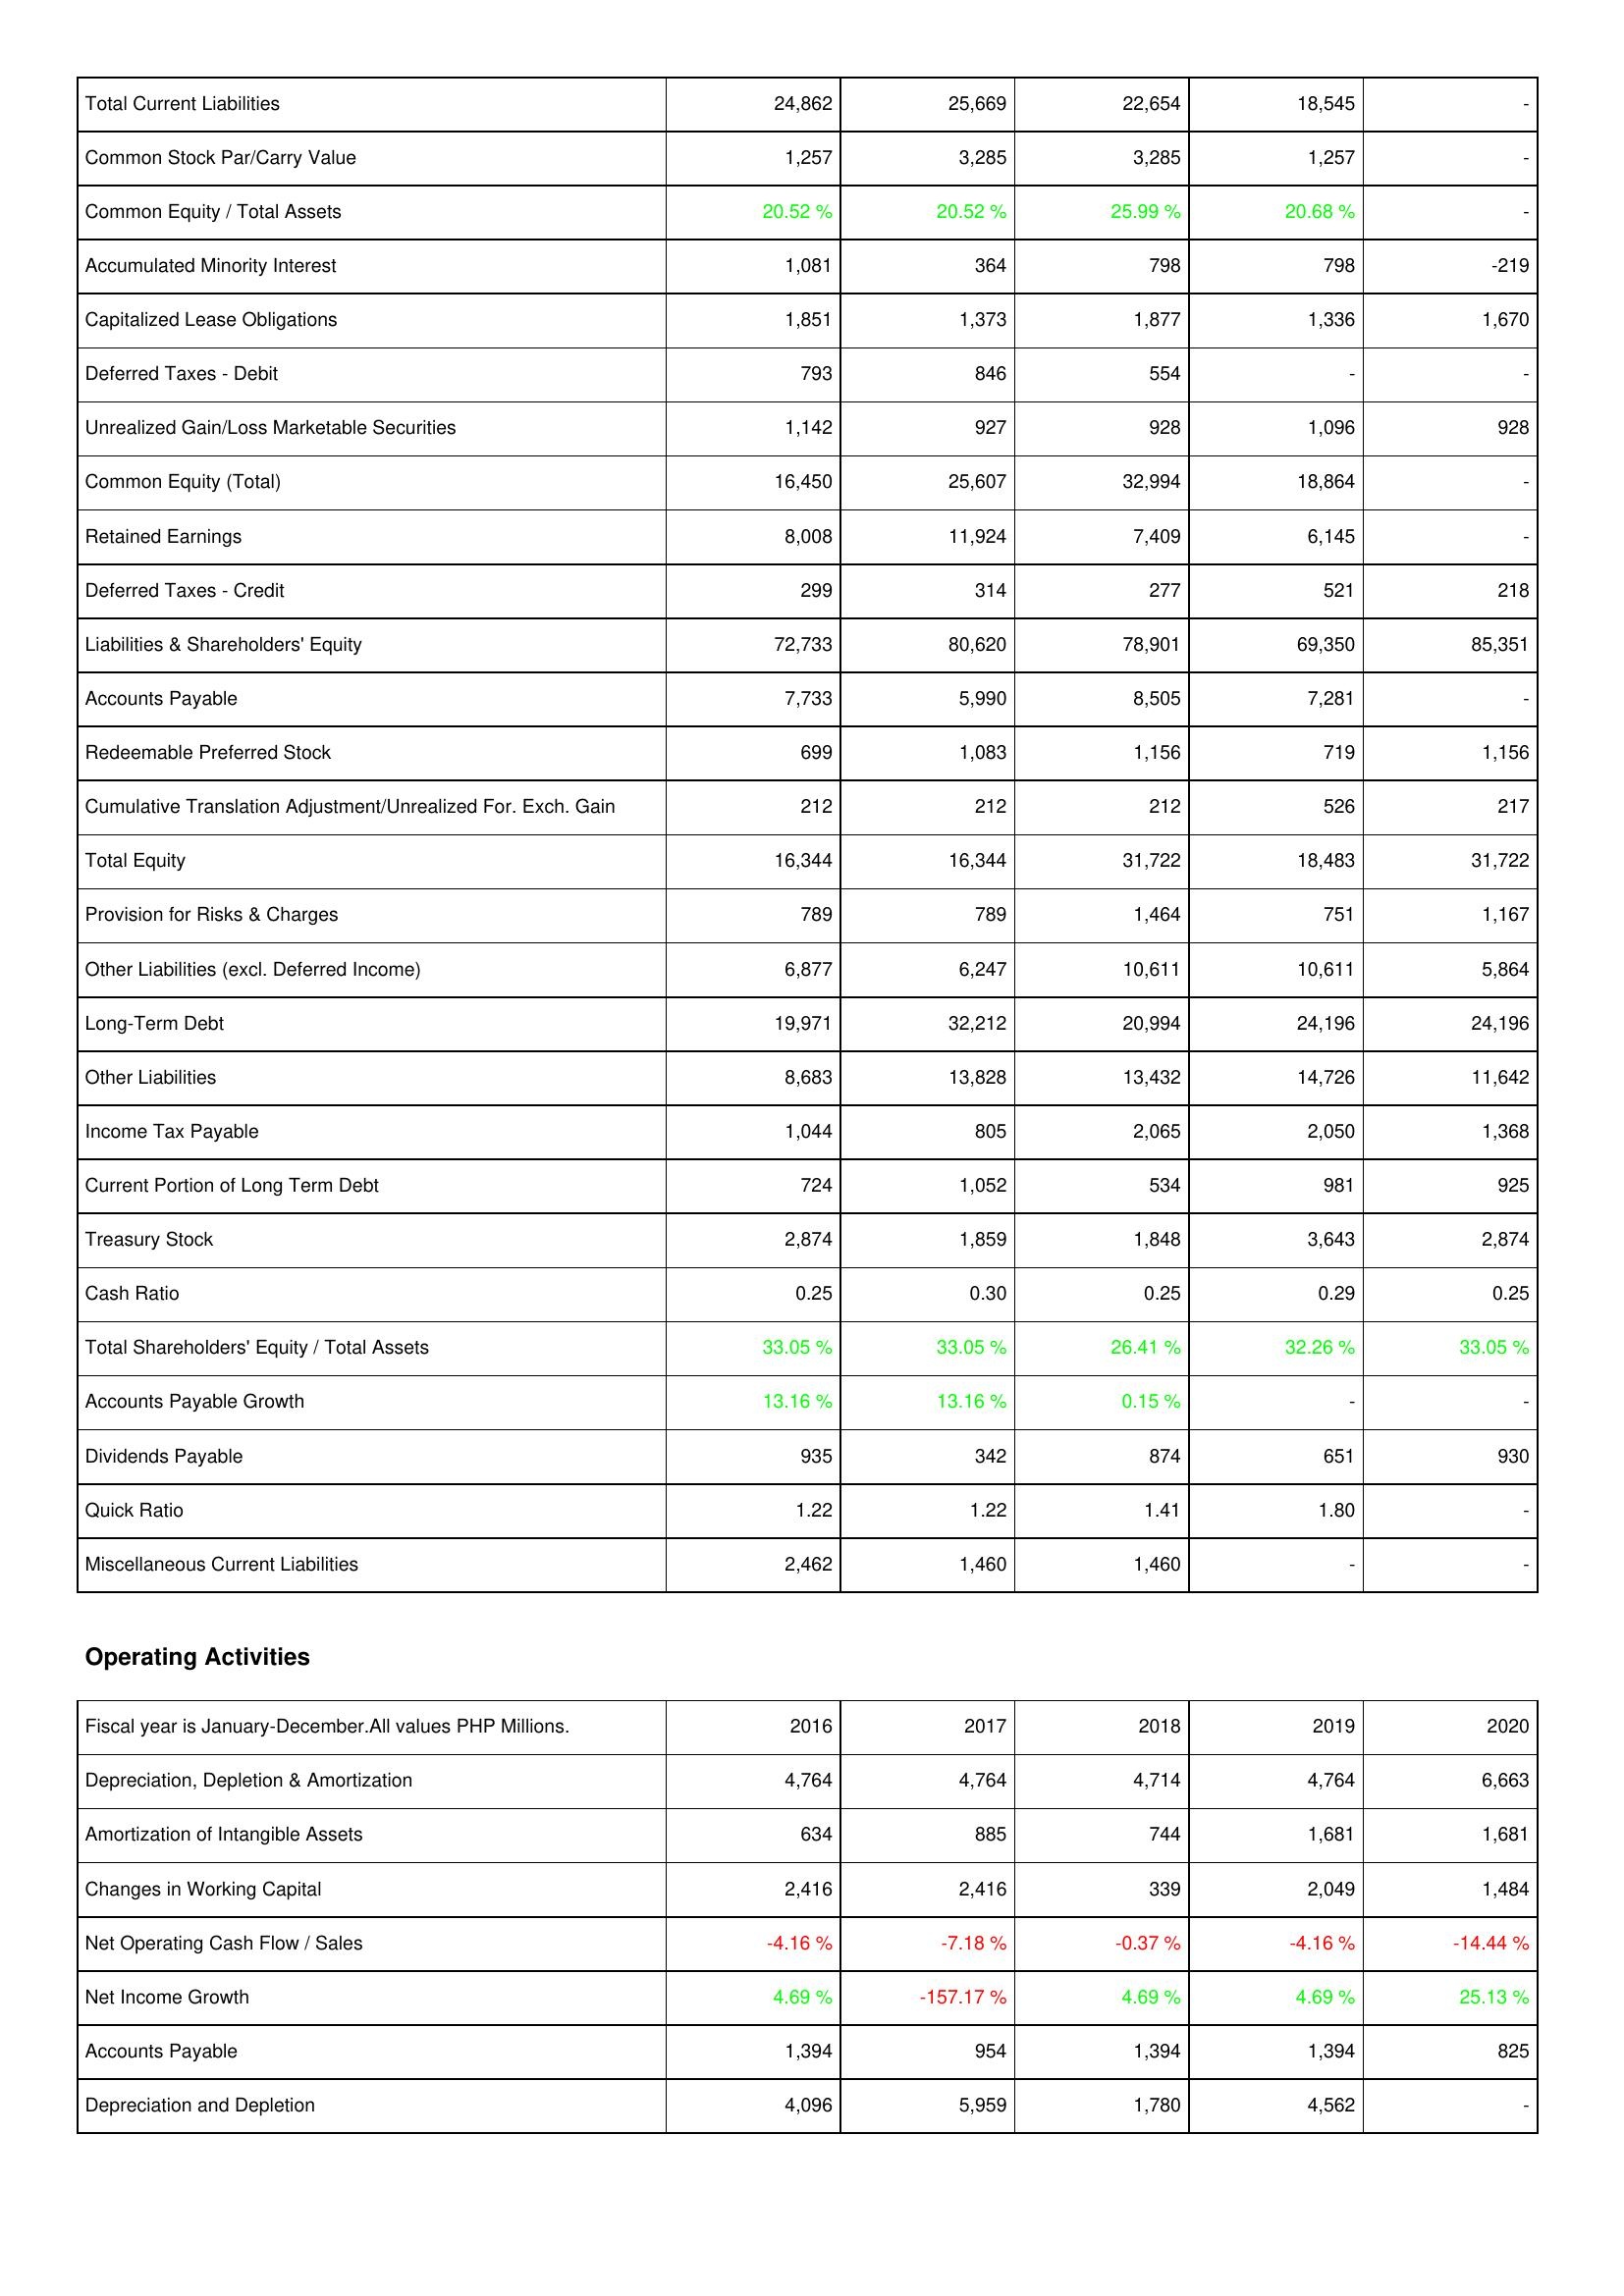
2016: Liabilities & Shareholders' Equity: Total Current Liabilities: 24,862
Common Stock Par/Carry Value: 1,257
Common Equity / Total Assets: 20.52 %
Accumulated Minority Interest: 1,081
Capitalized Lease Obligations: 1,851
Deferred Taxes - Debit: 793
Unrealized Gain/Loss Marketable Securities: 1,142
Common Equity (Total): 16,450
Retained Earnings: 8,008
Deferred Taxes - Credit: 299
Liabilities & Shareholders' Equity: 72,733
Accounts Payable: 7,733
Redeemable Preferred Stock: 699
Cumulative Translation Adjustment/Unrealized For. Exch. Gain: 212
Total Equity: 16,344
Provision for Risks & Charges: 789
Other Liabilities (excl. Deferred Income): 6,877
Long-Term Debt: 19,971
Other Liabilities: 8,683
Income Tax Payable: 1,044
Current Portion of Long Term Debt: 724
Treasury Stock: 2,874
Cash Ratio: 0.25
Total Shareholders' Equity / Total Assets: 33.05 %
Accounts Payable Growth: 13.16 %
Dividends Payable: 935
Quick Ratio: 1.22
Miscellaneous Current Liabilities: 2,462
Operating Activities: Depreciation, Depletion & Amortization: 4,764
Amortization of Intangible Assets: 634
Changes in Working Capital: 2,416
Net Operating Cash Flow / Sales: -4.16 %
Net Income Growth: 4.69 %
Accounts Payable: 1,394
Depreciation and Depletion: 4,096
2017: Liabilities & Shareholders' Equity: Total Current Liabilities: 25,669
Common Stock Par/Carry Value: 3,285
Common Equity / Total Assets: 20.52 %
Accumulated Minority Interest: 364
Capitalized Lease Obligations: 1,373
Deferred Taxes - Debit: 846
Unrealized Gain/Loss Marketable Securities: 927
Common Equity (Total): 25,607
Retained Earnings: 11,924
Deferred Taxes - Credit: 314
Liabilities & Shareholders' Equity: 80,620
Accounts Payable: 5,990
Redeemable Preferred Stock: 1,083
Cumulative Translation Adjustment/Unrealized For. Exch. Gain: 212
Total Equity: 16,344
Provision for Risks & Charges: 789
Other Liabilities (excl. Deferred Income): 6,247
Long-Term Debt: 32,212
Other Liabilities: 13,828
Income Tax Payable: 805
Current Portion of Long Term Debt: 1,052
Treasury Stock: 1,859
Cash Ratio: 0.30
Total Shareholders' Equity / Total Assets: 33.05 %
Accounts Payable Growth: 13.16 %
Dividends Payable: 342
Quick Ratio: 1.22
Miscellaneous Current Liabilities: 1,460
Operating Activities: Depreciation, Depletion & Amortization: 4,764
Amortization of Intangible Assets: 885
Changes in Working Capital: 2,416
Net Operating Cash Flow / Sales: -7.18 %
Net Income Growth: -157.17 %
Accounts Payable: 954
Depreciation and Depletion: 5,959
2018: Liabilities & Shareholders' Equity: Total Current Liabilities: 22,654
Common Stock Par/Carry Value: 3,285
Common Equity / Total Assets: 25.99 %
Accumulated Minority Interest: 798
Capitalized Lease Obligations: 1,877
Deferred Taxes - Debit: 554
Unrealized Gain/Loss Marketable Securities: 928
Common Equity (Total): 32,994
Retained Earnings: 7,409
Deferred Taxes - Credit: 277
Liabilities & Shareholders' Equity: 78,901
Accounts Payable: 8,505
Redeemable Preferred Stock: 1,156
Cumulative Translation Adjustment/Unrealized For. Exch. Gain: 212
Total Equity: 31,722
Provision for Risks & Charges: 1,464
Other Liabilities (excl. Deferred Income): 10,611
Long-Term Debt: 20,994
Other Liabilities: 13,432
Income Tax Payable: 2,065
Current Portion of Long Term Debt: 534
Treasury Stock: 1,848
Cash Ratio: 0.25
Total Shareholders' Equity / Total Assets: 26.41 %
Accounts Payable Growth: 0.15 %
Dividends Payable: 874
Quick Ratio: 1.41
Miscellaneous Current Liabilities: 1,460
Operating Activities: Depreciation, Depletion & Amortization: 4,714
Amortization of Intangible Assets: 744
Changes in Working Capital: 339
Net Operating Cash Flow / Sales: -0.37 %
Net Income Growth: 4.69 %
Accounts Payable: 1,394
Depreciation and Depletion: 1,780
2019: Liabilities & Shareholders' Equity: Total Current Liabilities: 18,545
Common Stock Par/Carry Value: 1,257
Common Equity / Total Assets: 20.68 %
Accumulated Minority Interest: 798
Capitalized Lease Obligations: 1,336
Deferred Taxes - Debit: -
Unrealized Gain/Loss Marketable Securities: 1,096
Common Equity (Total): 18,864
Retained Earnings: 6,145
Deferred Taxes - Credit: 521
Liabilities & Shareholders' Equity: 69,350
Accounts Payable: 7,281
Redeemable Preferred Stock: 719
Cumulative Translation Adjustment/Unrealized For. Exch. Gain: 526
Total Equity: 18,483
Provision for Risks & Charges: 751
Other Liabilities (excl. Deferred Income): 10,611
Long-Term Debt: 24,196
Other Liabilities: 14,726
Income Tax Payable: 2,050
Current Portion of Long Term Debt: 981
Treasury Stock: 3,643
Cash Ratio: 0.29
Total Shareholders' Equity / Total Assets: 32.26 %
Accounts Payable Growth: -
Dividends Payable: 651
Quick Ratio: 1.80
Miscellaneous Current Liabilities: -
Operating Activities: Depreciation, Depletion & Amortization: 4,764
Amortization of Intangible Assets: 1,681
Changes in Working Capital: 2,049
Net Operating Cash Flow / Sales: -4.16 %
Net Income Growth: 4.69 %
Accounts Payable: 1,394
Depreciation and Depletion: 4,562
2020: Liabilities & Shareholders' Equity: Total Current Liabilities: -
Common Stock Par/Carry Value: -
Common Equity / Total Assets: -
Accumulated Minority Interest: -219
Capitalized Lease Obligations: 1,670
Deferred Taxes - Debit: -
Unrealized Gain/Loss Marketable Securities: 928
Common Equity (Total): -
Retained Earnings: -
Deferred Taxes - Credit: 218
Liabilities & Shareholders' Equity: 85,351
Accounts Payable: -
Redeemable Preferred Stock: 1,156
Cumulative Translation Adjustment/Unrealized For. Exch. Gain: 217
Total Equity: 31,722
Provision for Risks & Charges: 1,167
Other Liabilities (excl. Deferred Income): 5,864
Long-Term Debt: 24,196
Other Liabilities: 11,642
Income Tax Payable: 1,368
Current Portion of Long Term Debt: 925
Treasury Stock: 2,874
Cash Ratio: 0.25
Total Shareholders' Equity / Total Assets: 33.05 %
Accounts Payable Growth: -
Dividends Payable: 930
Quick Ratio: -
Miscellaneous Current Liabilities: -
Operating Activities: Depreciation, Depletion & Amortization: 6,663
Amortization of Intangible Assets: 1,681
Changes in Working Capital: 1,484
Net Operating Cash Flow / Sales: -14.44 %
Net Income Growth: 25.13 %
Accounts Payable: 825
Depreciation and Depletion: -